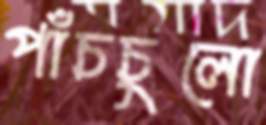
পাঁচচুলো